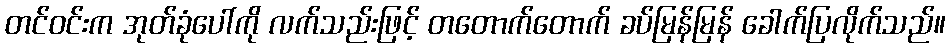
တင်ဝင်းက အုတ်ခုံပေါ်ကို လက်သည်းဖြင့် တတောက်တောက် ခပ်မြန်မြန် ခေါက်ပြလိုက်သည်။